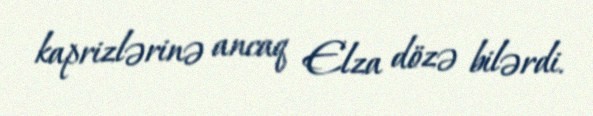
kaprizlərinə ancaq Elza dözə bilərdi.